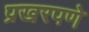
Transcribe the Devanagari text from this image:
प्रखरपणे